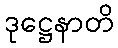
ဒုဋ္ဌေနာတိ